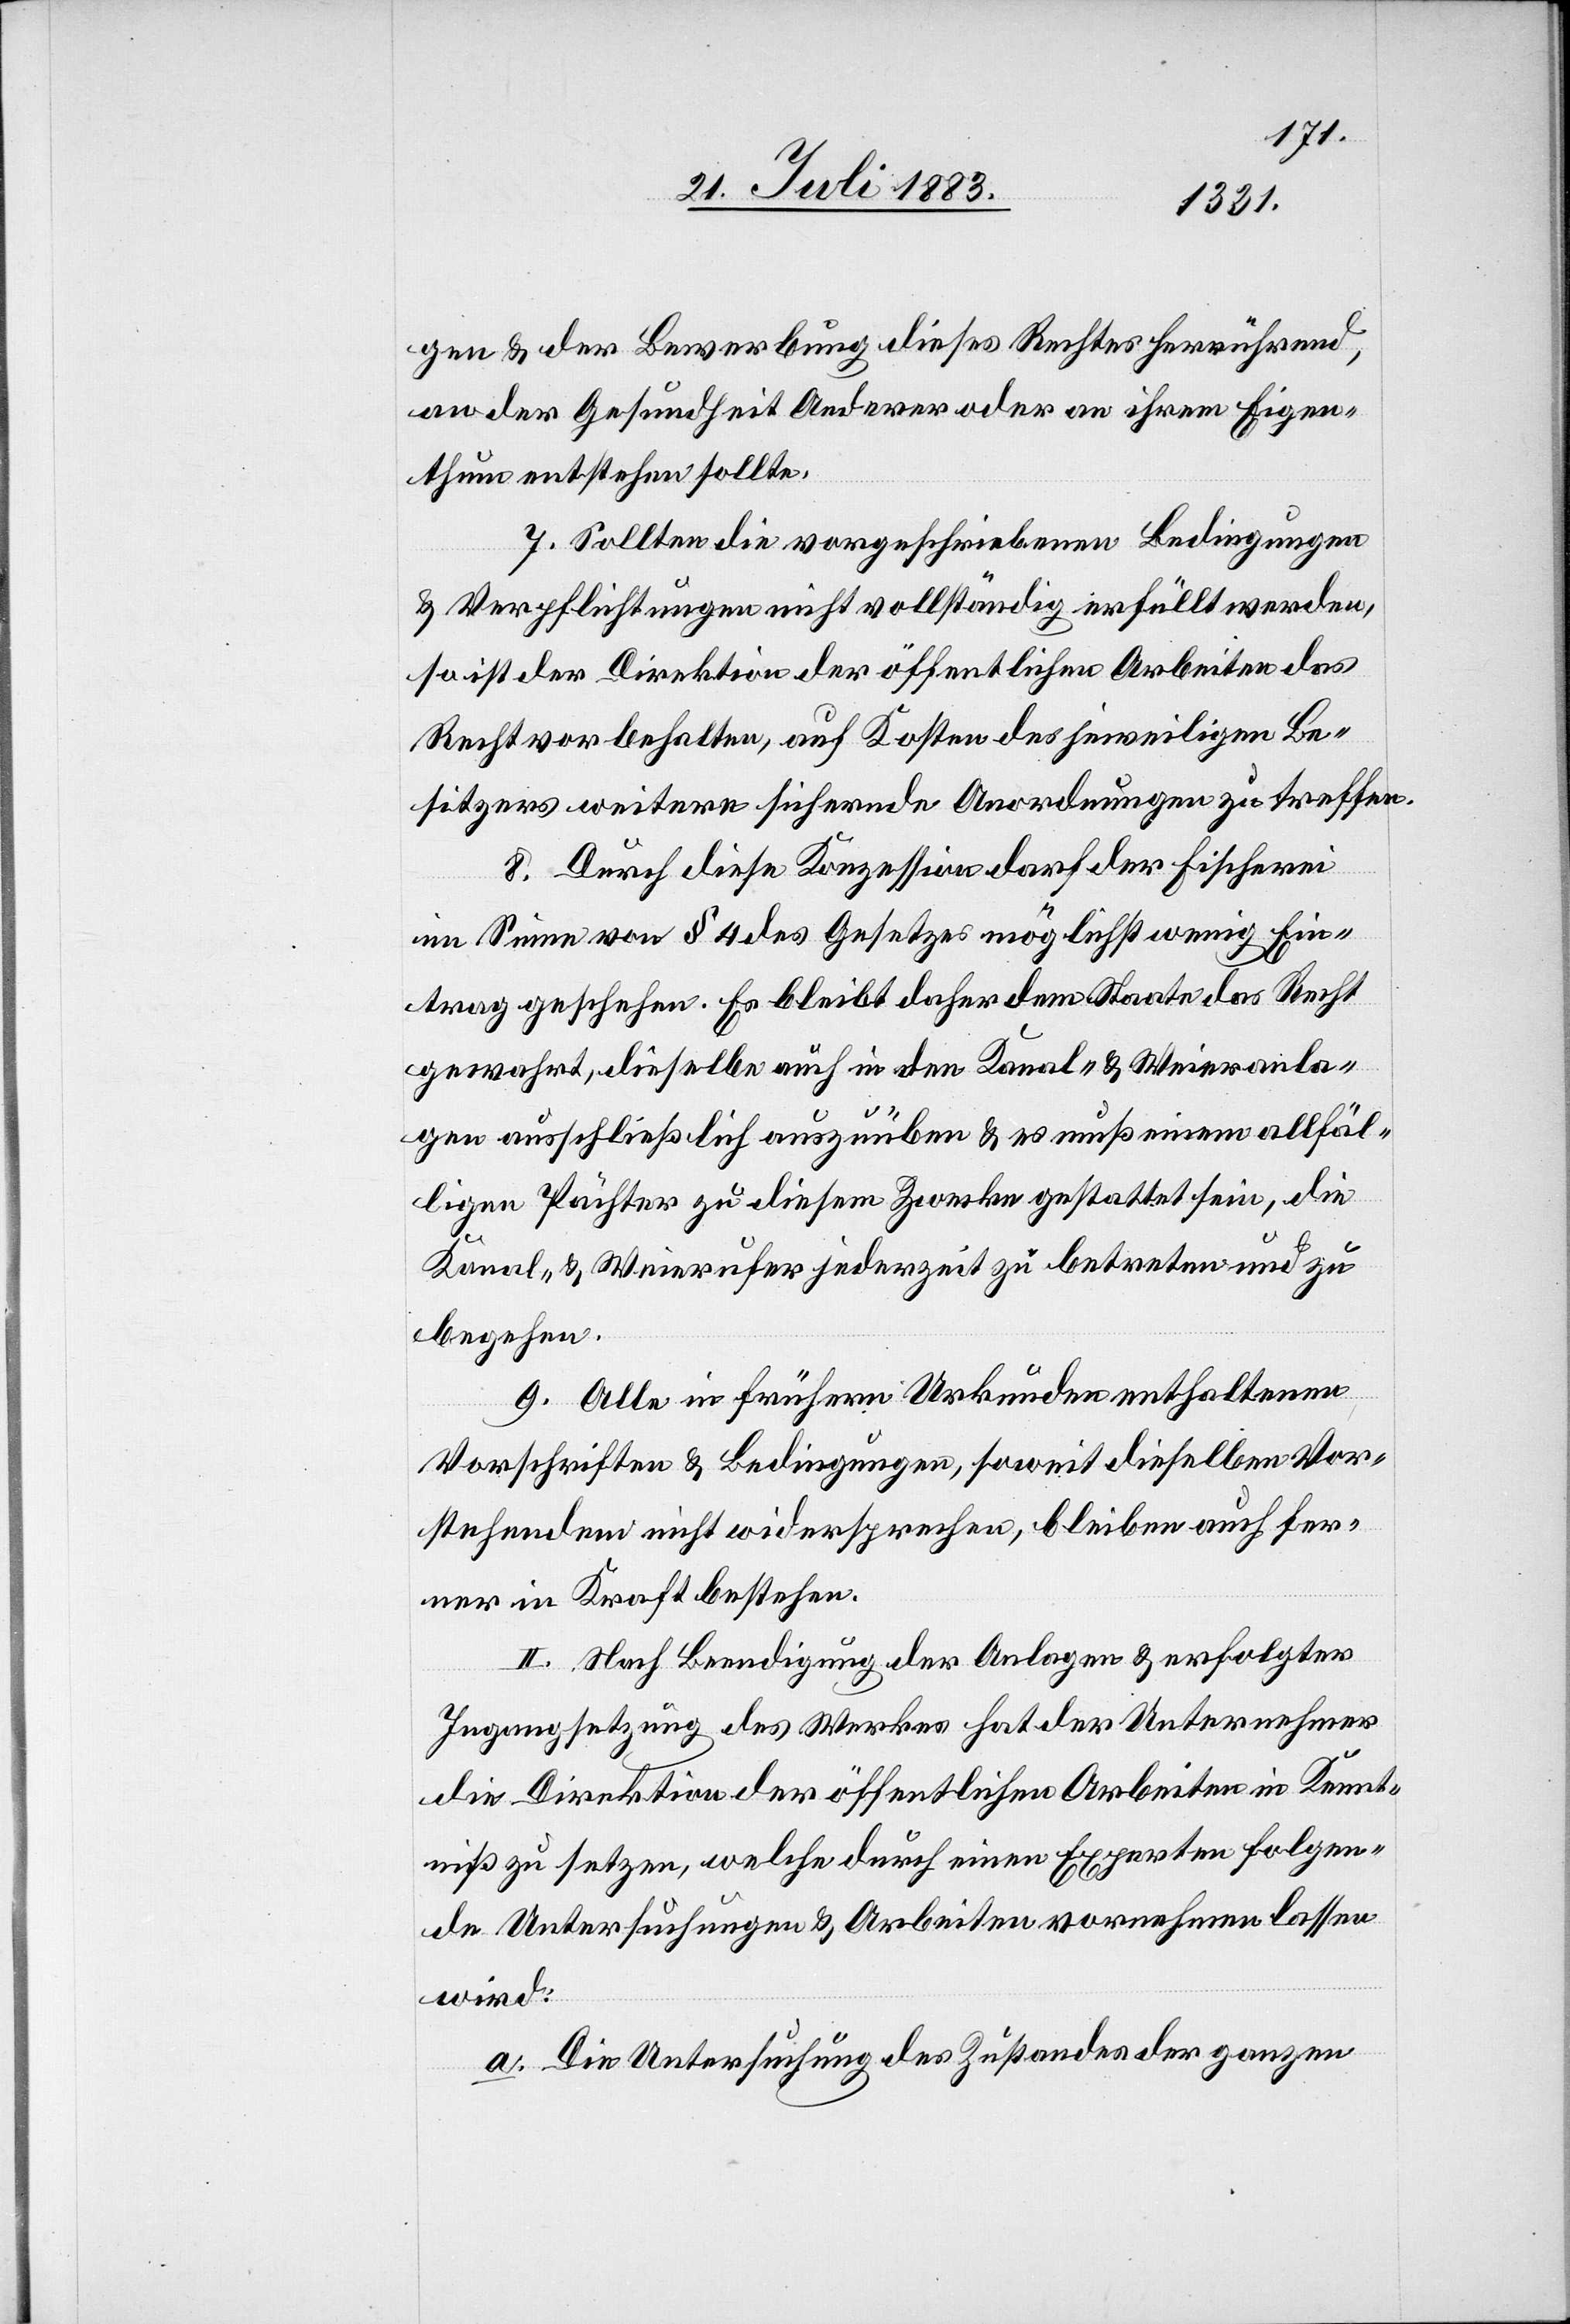
gen & der Bewerbung dieses Rechtes herrührend,
an der Gesundheit Anderer oder an ihrem Eigen¬
thum entstehen sollte.
7. Sollten die vorgeschriebenen Bedingungen
& Verpflichtungen nicht vollständig erfüllt werden,
so ist der Direktion der öffentlichen Arbeiten das
Recht vorbehalten, auf Kosten des jeweiligen Be¬
sitzers weitere sichernde Anordnungen zu treffen.
8. Durch diese Konzession darf der Fischerei
im Sinne von § 4 des Gesetzes möglichst wenig Ein¬
trag geschehen. Es bleibt daher dem Staate das Recht
gewahrt, dieselbe auch in den Kanal- & Weieranla¬
gen ausschließlich auszuüben & es muß einem allfäl¬
ligen Pächter zu diesem Zwecke gestattet sein, die
Kanal- & Weierufer jederzeit zu betreten und zu
begehen.
9. Alle in frühern Urkunden enthaltenen
Vorschriften & Bedingungen, soweit dieselbe Vor¬
stehendem nicht widersprechen, bleiben auch fer¬
ner in Kraft bestehen.
II. Nach Beendigung der Anlagen & erfolgter
Ingangsetzung des Werkes hat der Unternehmer
die Direktion der öffentlichen Arbeiten in Kennt¬
niß zu setzen, welche durch einen Experten folgen¬
de Untersuchungen & Arbeiten vornehmen lassen
wird:
a. Die Untersuchung des Zustandes der ganzen